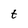
Character: t